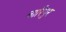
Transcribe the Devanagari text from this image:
बारिपुर